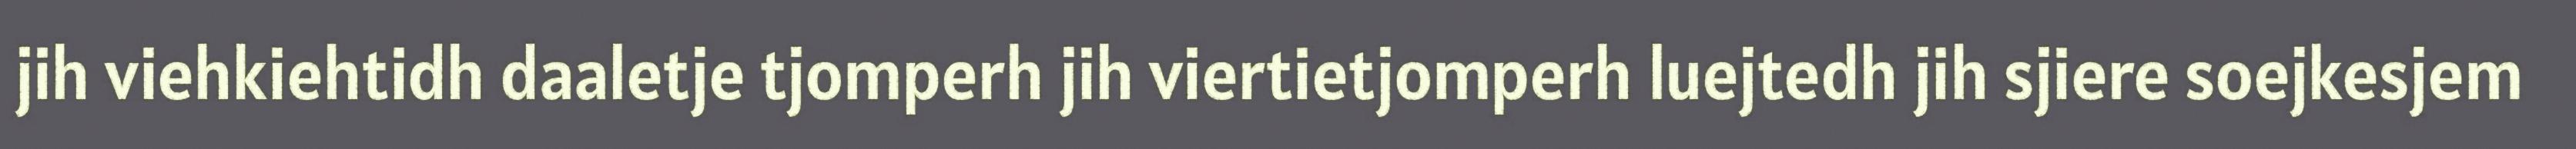
jih viehkiehtidh daaletje tjomperh jih viertietjomperh luejtedh jih sjiere soejkesjem